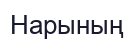
Нарының